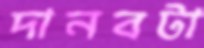
দানবটা